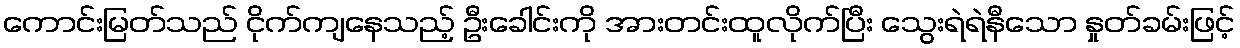
ကောင်းမြတ်သည် ငိုက်ကျနေသည့် ဦးခေါင်းကို အားတင်းထူလိုက်ပြီး သွေးရဲရဲနီသော နှုတ်ခမ်းဖြင့်